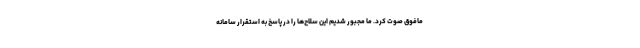
مافوق صوت کرد. ما مجبور شدیم این سلاح‌ها را در پاسخ به استقرار سامانه